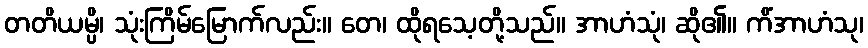
တတိယမ္ပိ၊ သုံးကြိမ်မြောက်လည်း။ တေ၊ ထိုရသေ့တို့သည်။ အာဟံသုံ၊ ဆို၏။ ကိံအာဟံသု၊